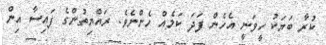
ކުރާ ބަޔަކު ހީވަނީ އެހެން ފަދަ ކަމެއް ހެންނެވެ. ރައްޔިތުންގެ ފައިސާ އިން